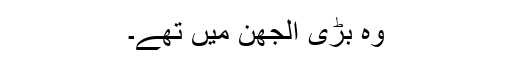
وہ بڑی اُلجھن میں تھے۔